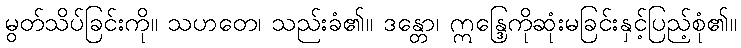
မွတ်သိပ်ခြင်းကို။ သဟတေ၊ သည်းခံ၏။ ဒန္တော၊ ဣန္ဒြေကိုဆုံးမခြင်းနှင့်ပြည့်စုံ၏။